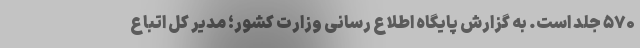
۵۷۰ جلد است. به گزارش پایگاه اطلاع ‌رسانی وزارت کشور؛ مدیر کل اتباع